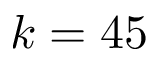
k = 4 5